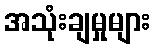
အသုံးချမှုများ